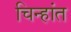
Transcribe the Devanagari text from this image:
चिन्हांत